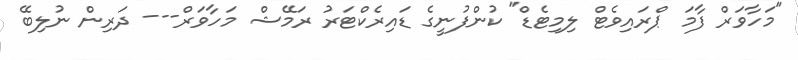
"މަހާވަރް ފާމަ ޕްރައިވެޓް ލިމިޓެޑް" ކުންފުނީގެ ޑައިރެކްޓަރު ރަމޭޝް މަހާވަރް--- ދަރިން ނުލިބޭ